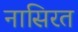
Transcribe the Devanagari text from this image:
नासिरत